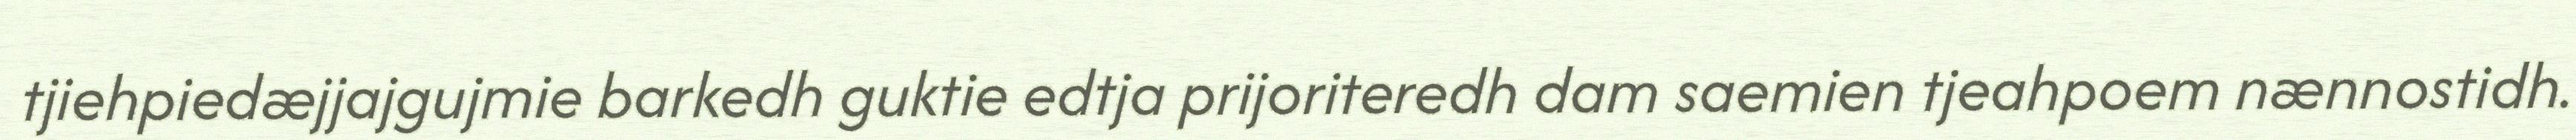
tjiehpiedæjjajgujmie barkedh guktie edtja prijoriteredh dam saemien tjeahpoem nænnostidh.